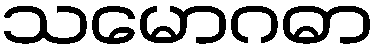
သမောဂဓာ